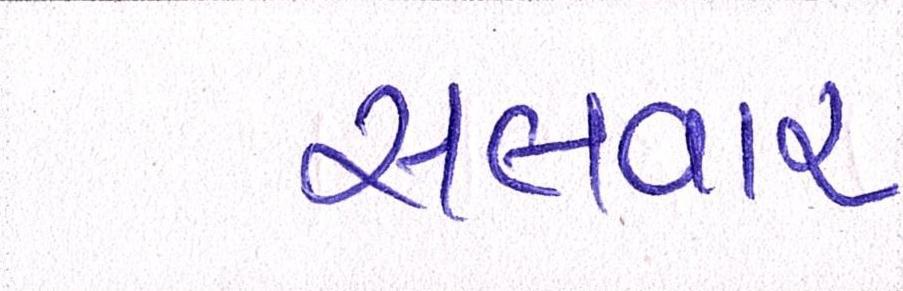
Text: સલવાર